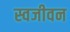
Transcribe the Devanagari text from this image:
स्वजीवन